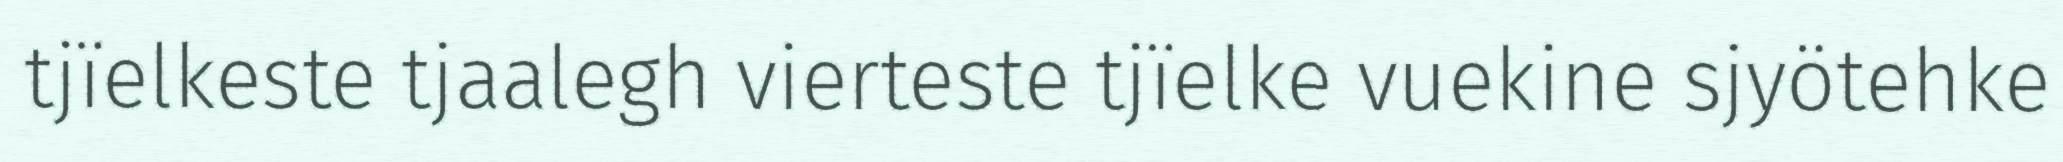
tjïelkeste tjaalegh vierteste tjïelke vuekine sjyötehke